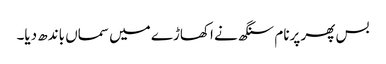
بس پھر پرنام سنگھ نے اکھاڑے میں سماں باندھ دیا۔